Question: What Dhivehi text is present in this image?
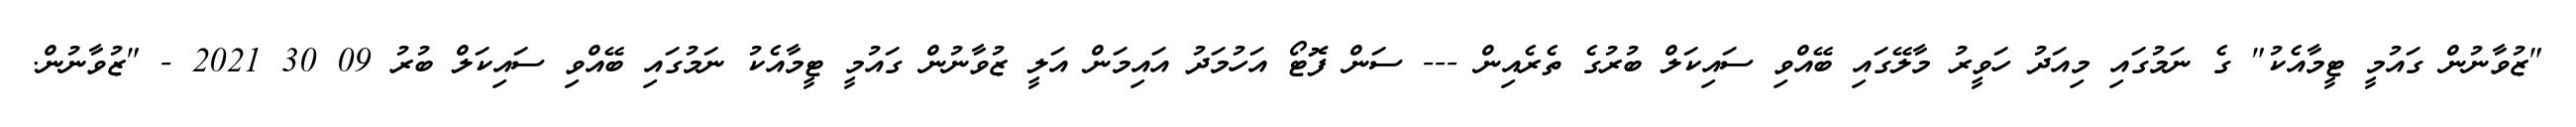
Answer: "ޒުވާނުން ގައުމީ ޓީމާއެކު" ގެ ނަމުގައި މިއަދު ހަވީރު މާލޭގައި ބޭއްވި ސައިކަލް ބުރުގެ ތެރެއިން --- ސަން ފޮޓޯ އަހުމަދު އައިމަން އަލީ ޒުވާނުން ގައުމީ ޓީމާއެކު ނަމުގައި ބޭއްވި ސައިކަލް ބުރު 09 30 2021 - "ޒުވާނުން.